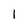
Character: 1